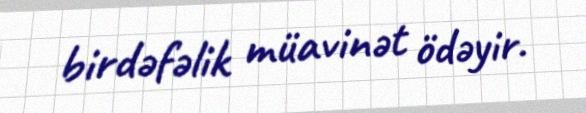
birdəfəlik müavinət ödəyir.